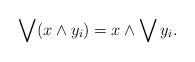
LaTeX: \begin{align*} \bigvee (x \wedge y_i) = x \wedge \bigvee y_i. \end{align*}